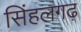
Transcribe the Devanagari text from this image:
सिंहलगढ़